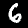
Digit: 6